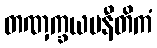
တဏှက္ခယမနီတိကံ